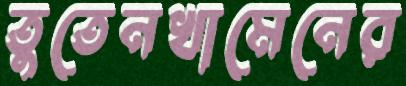
তুতেনখামেনের